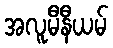
အလူမီနီယမ်